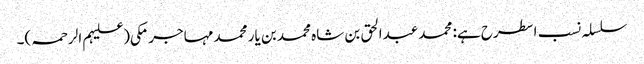
سلسلہ نسب اسطرح ہے: محمد عبدالحق بن شاہ محمد بن یار محمد مہاجر مکی(علیہم الرحمہ)۔